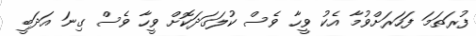
ފުރަތަމަ ފަހަރަށްވުމާ އެކު ވީހާ ވެސް ކުލަގަދަކޮށް ވީހާ ވެސް ގިނަ އަދަބީ